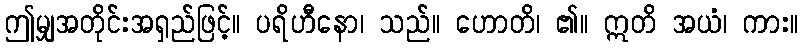
ဤမျှအတိုင်းအရှည်ဖြင့်။ ပရိဟီနော၊ သည်။ ဟောတိ၊ ၏။ ဣတိ အယံ၊ ကား။